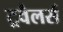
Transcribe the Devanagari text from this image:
ट्रवैलर्स